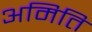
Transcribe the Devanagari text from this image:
अमिति